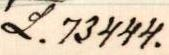
L. 73444.